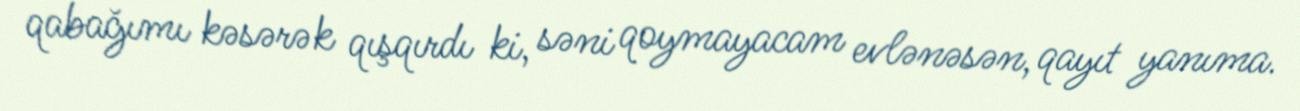
qabağımı kəsərək qışqırdı ki, səni qoymayacam evlənəsən, qayıt yanıma.